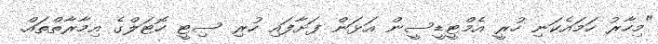
"މިހާރު ހަމައެކަނި ހުރީ އެމްޓީޑީސީން އަޅަން ފަށާފައި ހުރި ސިޓީ ހޮޓަލްގެ އިމާރާތްތައް.